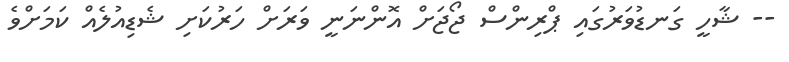
-- ޝާހީ ގަނޑުވަރުގައި ޕްރިންސް ޖޯޖަށް އޮންނަނީ ވަރަށް ހަރުކަށި ޝެޑިއުލެއް ކަމަށްވެ